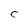
Character: C